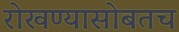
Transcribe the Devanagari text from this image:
रोखण्यासोबतच